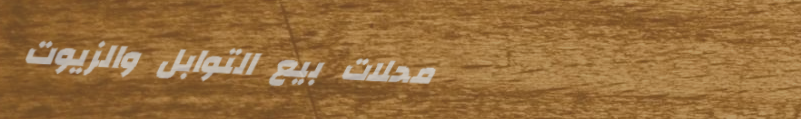
محلات بيع التوابل والزيوت